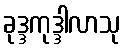
ခုဒ္ဒကုဒ္ဒါလာသု